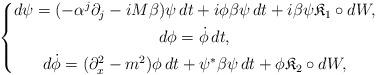
LaTeX: \begin{align*}\left\{\begin{gathered} d\psi = (-\alpha^j \partial_j - iM \beta) \psi \, dt + i\phi \beta \psi \, dt + i\beta \psi \mathfrak K_1 \circ dW, \\ d\phi = \dot\phi \, dt, \\ d\dot\phi = (\partial_x^2 - m^2) \phi \, dt + \psi^* \beta \psi \, dt + \phi \mathfrak K_2 \circ dW,\end{gathered}\right.\end{align*}